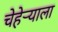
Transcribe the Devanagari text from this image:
चेहेर्‍याला